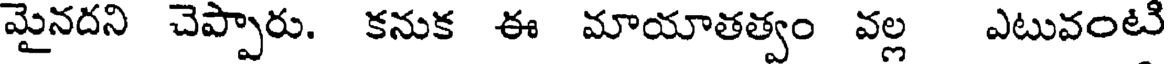
మైనదని చెప్పారు. కనుక ఈ మాయాతత్వం వల్ల ఎటువంటి